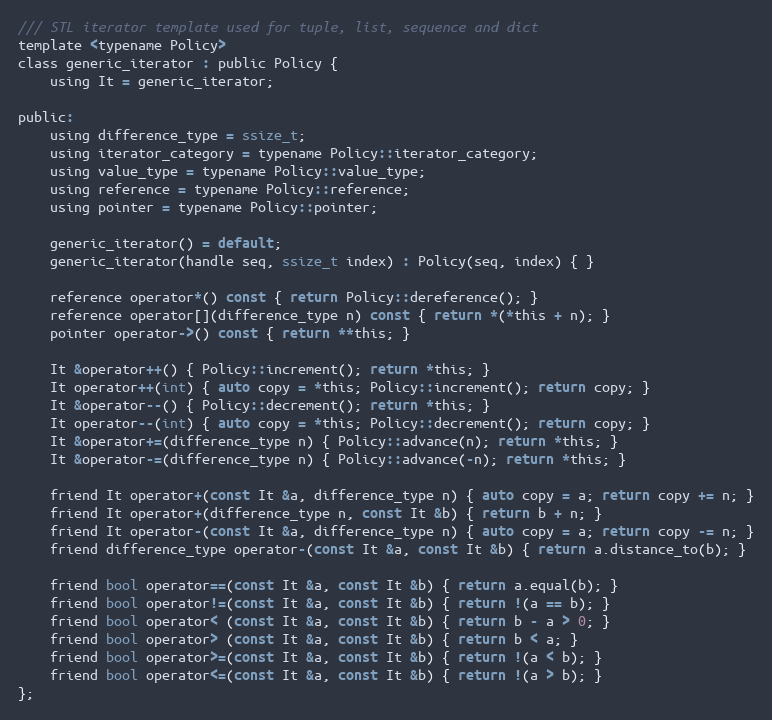
Language: C
/// STL iterator template used for tuple, list, sequence and dict
template <typename Policy>
class generic_iterator : public Policy {
    using It = generic_iterator;

public:
    using difference_type = ssize_t;
    using iterator_category = typename Policy::iterator_category;
    using value_type = typename Policy::value_type;
    using reference = typename Policy::reference;
    using pointer = typename Policy::pointer;

    generic_iterator() = default;
    generic_iterator(handle seq, ssize_t index) : Policy(seq, index) { }

    reference operator*() const { return Policy::dereference(); }
    reference operator[](difference_type n) const { return *(*this + n); }
    pointer operator->() const { return **this; }

    It &operator++() { Policy::increment(); return *this; }
    It operator++(int) { auto copy = *this; Policy::increment(); return copy; }
    It &operator--() { Policy::decrement(); return *this; }
    It operator--(int) { auto copy = *this; Policy::decrement(); return copy; }
    It &operator+=(difference_type n) { Policy::advance(n); return *this; }
    It &operator-=(difference_type n) { Policy::advance(-n); return *this; }

    friend It operator+(const It &a, difference_type n) { auto copy = a; return copy += n; }
    friend It operator+(difference_type n, const It &b) { return b + n; }
    friend It operator-(const It &a, difference_type n) { auto copy = a; return copy -= n; }
    friend difference_type operator-(const It &a, const It &b) { return a.distance_to(b); }

    friend bool operator==(const It &a, const It &b) { return a.equal(b); }
    friend bool operator!=(const It &a, const It &b) { return !(a == b); }
    friend bool operator< (const It &a, const It &b) { return b - a > 0; }
    friend bool operator> (const It &a, const It &b) { return b < a; }
    friend bool operator>=(const It &a, const It &b) { return !(a < b); }
    friend bool operator<=(const It &a, const It &b) { return !(a > b); }
};